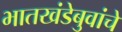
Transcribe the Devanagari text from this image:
भातखंडेबुवांचे